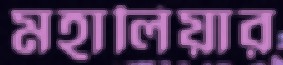
মহালিয়ার